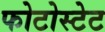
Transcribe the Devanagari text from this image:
फोटोस्टेट